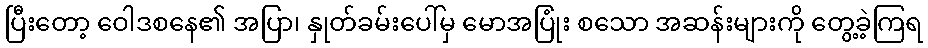
ပြီးတော့ ဝေါဒစနေ၏ အပြာ၊ နှုတ်ခမ်းပေါ်မှ မောအပြုံး စသော အဆန်းများကို တွေ့ခဲ့ကြရ